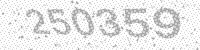
Solution: 250359